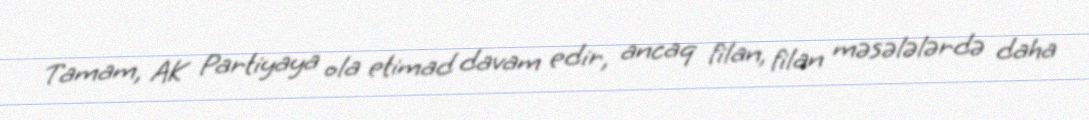
Tamam, AK Partiyaya ola etimad davam edir, ancaq filan, filan məsələlərdə daha